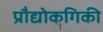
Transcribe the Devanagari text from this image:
प्रौद्योकगिकी